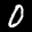
Digit: 0